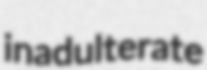
inadulterate